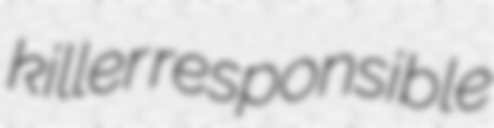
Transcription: killer responsible